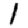
Digit: 1